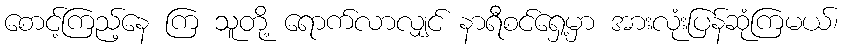
စောင့်ကြည့်နေ ကြ သူတို့ ရောက်လာလျှင် နာရီစင်ရှေ့မှာ အားလုံးပြန်ဆုံကြမယ်၊